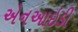
એનઆઇડી